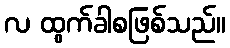
လ ထွက်ခါစဖြစ်သည်။